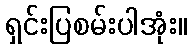
ရှင်းပြစမ်းပါအုံး။